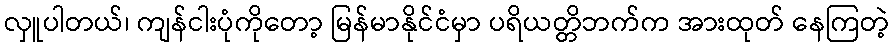
လှူပါတယ်၊ ကျန်ငါးပုံကိုတော့ မြန်မာနိုင်ငံမှာ ပရိယတ္တိဘက်က အားထုတ် နေကြတဲ့